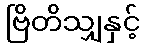
ဗြိတိသျှနှင့်